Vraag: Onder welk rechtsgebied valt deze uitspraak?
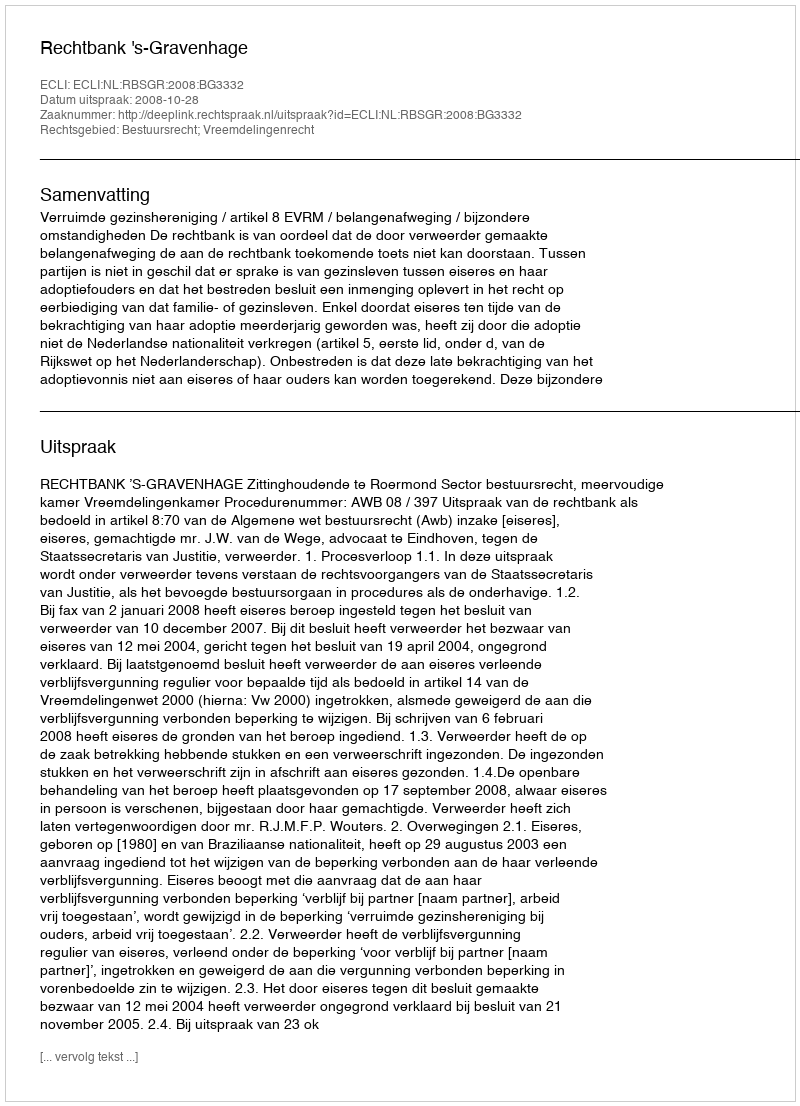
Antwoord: Bestuursrecht; Vreemdelingenrecht